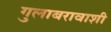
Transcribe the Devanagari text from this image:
गुलाबरावाशी